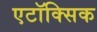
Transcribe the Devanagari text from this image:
एटॉक्सिक